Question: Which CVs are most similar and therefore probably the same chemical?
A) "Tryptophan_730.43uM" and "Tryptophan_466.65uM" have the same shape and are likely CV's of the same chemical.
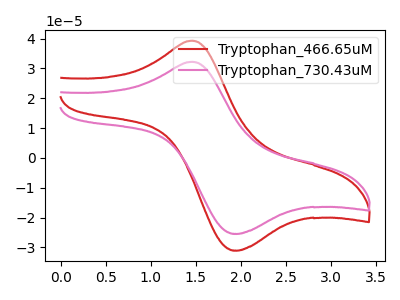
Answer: <think>The red curve "Tryptophan_466.65uM" has an anodic peak at (1.45V, 39.30uA) and a cathodic peak at (1.95V, -31.05uA). The pink curve "Tryptophan_730.43uM" has an anodic peak at (1.45V, 32.25uA) and a cathodic peak at (1.95V, -25.45uA).
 All the peaks in "Tryptophan_466.65uM" have a peak in "Tryptophan_730.43uM" at the same potential. Every peak in "Tryptophan_466.65uM" is higher than every peak in "Tryptophan_730.43uM".</think>
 <answer>A) "Tryptophan_730.43uM" and "Tryptophan_466.65uM" have the same shape and are likely CV's of the same chemical.</answer>
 <eval>A</eval>